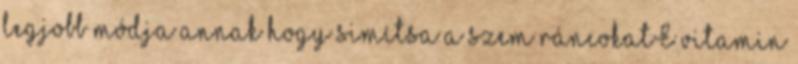
legjobb módja annak hogy simítsa a szem ráncokatE vitamin